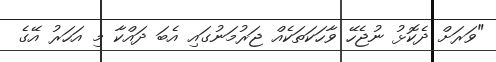
"ވަރަށް ދެކޮޅު ނުޖެހޭ ވާހަކަތަކެއް ޖަރުމަނުގައި އެބަ ދައްކާ މި އަހަރު އޭގެ